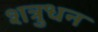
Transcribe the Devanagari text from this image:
शत्रुधन